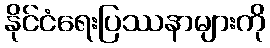
နိုင်ငံရေးပြဿနာများကို